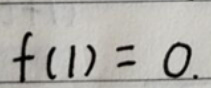
$f(1)=0.$